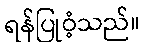
ရန်ပြုဝံ့သည်။